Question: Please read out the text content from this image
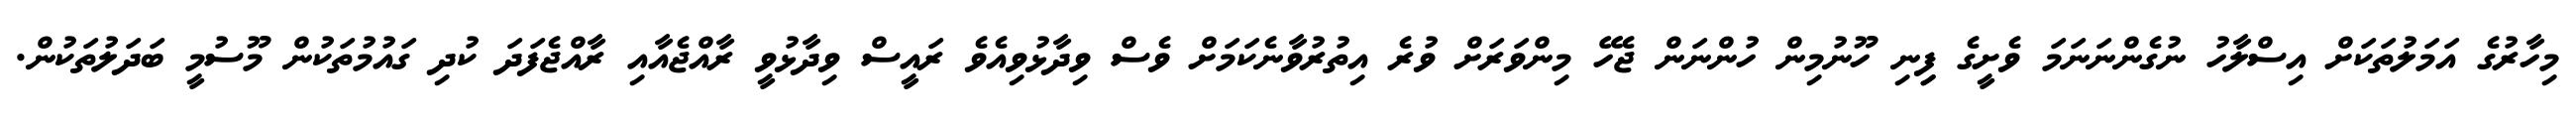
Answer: މިހާރުގެ އަމަލުތަކަށް އިސްލާހު ނުގެންނަނަމަ ވެށީގެ ފިިނި ހޫނުމިން ހުންނަން ޖެހޭ މިންވަރަށް ވުރެ އިތުރުވާނެކަމަށް ވެސް ވިދާޅުވިއެވެ ރައީސް ވިދާޅުވީ ރާއްޖެއާއި ރާއްޖެފަދަ ކުދި ގައުމުތަކުން މޫސުމީ ބަދަލުތަކުން.